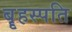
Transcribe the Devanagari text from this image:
बॄहस्पति